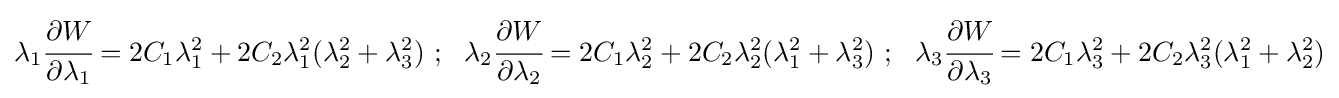
\lambda _{1}{\cfrac {\partial {W}}{\partial \lambda _{1}}}=2C_{1}\lambda _{1}^{2}+2C_{2}\lambda _{1}^{2}(\lambda _{2}^{2}+\lambda _{3}^{2})~;~~\lambda _{2}{\cfrac {\partial {W}}{\partial \lambda _{2}}}=2C_{1}\lambda _{2}^{2}+2C_{2}\lambda _{2}^{2}(\lambda _{1}^{2}+\lambda _{3}^{2})~;~~\lambda _{3}{\cfrac {\partial {W}}{\partial \lambda _{3}}}=2C_{1}\lambda _{3}^{2}+2C_{2}\lambda _{3}^{2}(\lambda _{1}^{2}+\lambda _{2}^{2})